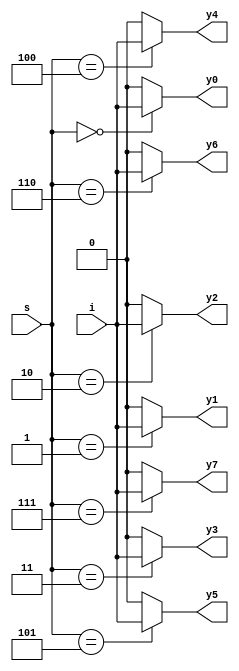
`timescale 1ns / 1ps

module demux_1x8_bh(
    output reg y0, y1, y2, y3, y4, y5, y6, y7,
    input i,
    input [2:0] s
    );
    always @(*) begin
        y0 = (s == 3'b000) ? i : 1'b0;
        y1 = (s == 3'b001) ? i : 1'b0;
        y2 = (s == 3'b010) ? i : 1'b0;
        y3 = (s == 3'b011) ? i : 1'b0;
        y4 = (s == 3'b100) ? i : 1'b0;
        y5 = (s == 3'b101) ? i : 1'b0;
        y6 = (s == 3'b110) ? i : 1'b0;
        y7 = (s == 3'b111) ? i : 1'b0;
    end
endmodule